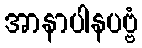
အာနာပါနပဗ္ဗံ